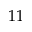
1 1